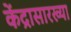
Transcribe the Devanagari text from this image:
केंद्रासारख्या